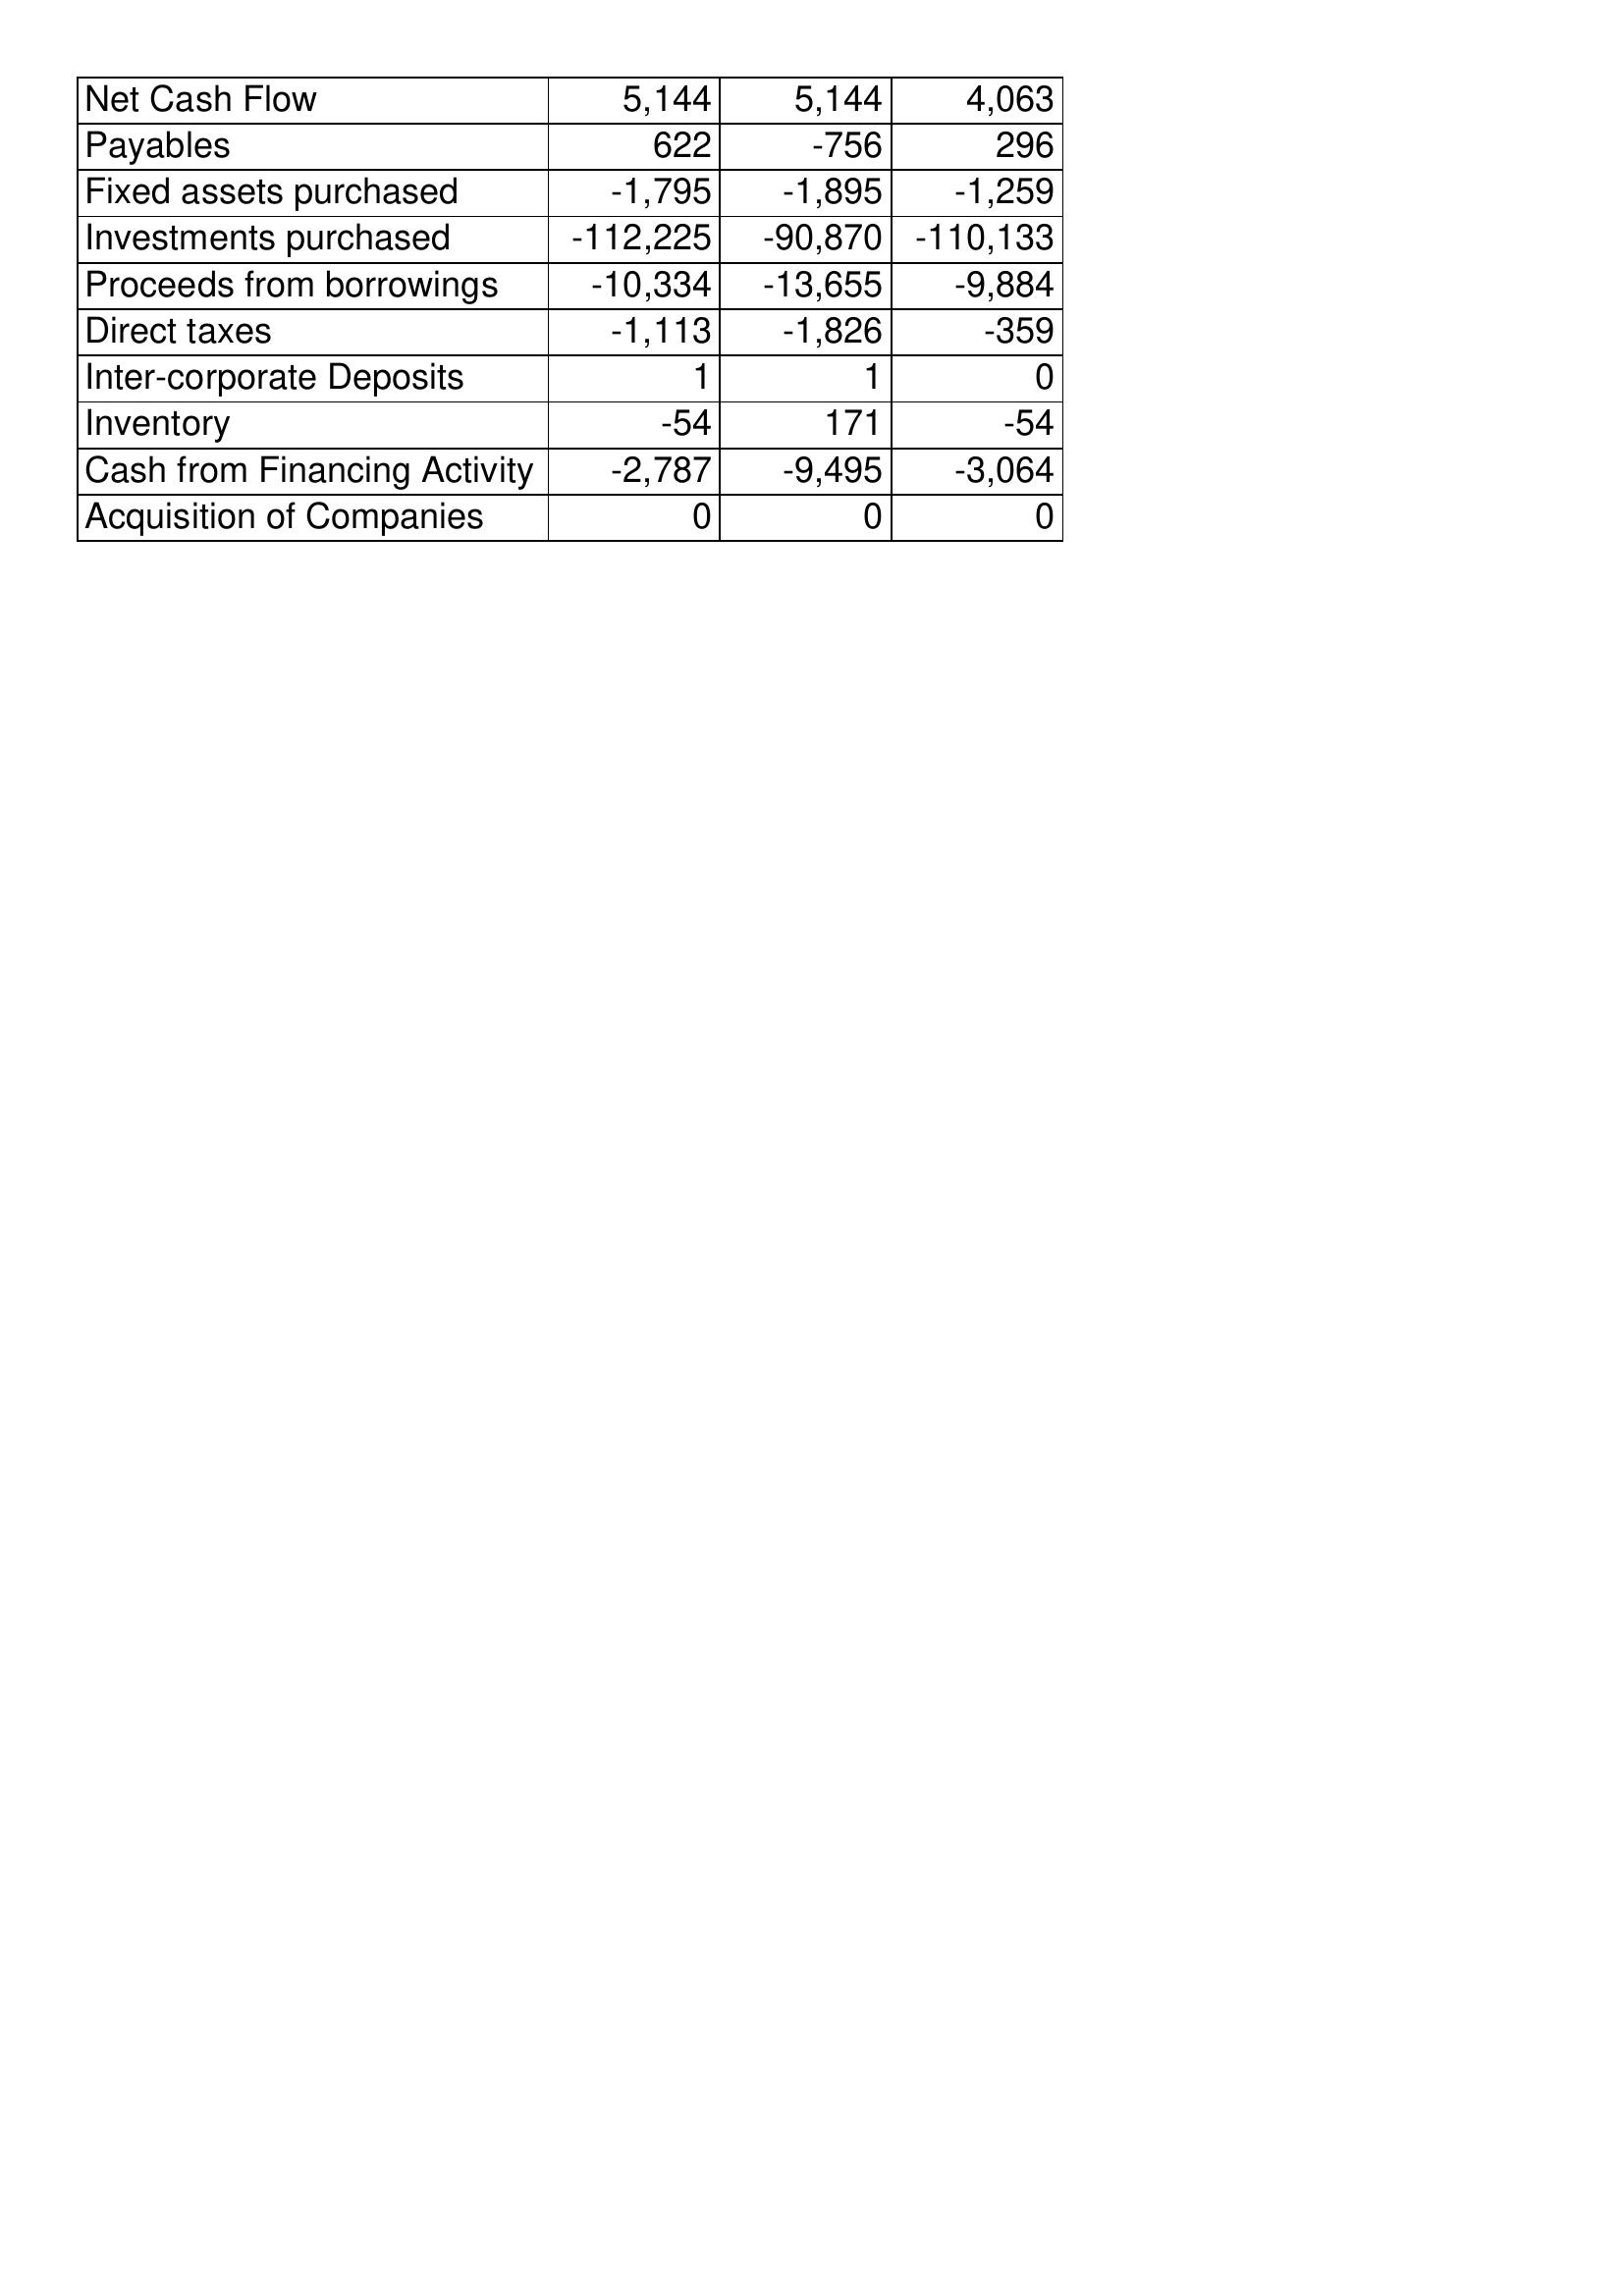
Sep-10: Cash Flows: Net Cash Flow: 5,144
Payables: 622
Fixed assets purchased: -1,795
Investments purchased: -112,225
Proceeds from borrowings: -10,334
Direct taxes: -1,113
Inter-corporate Deposits: 1
Inventory: -54
Cash from Financing Activity: -2,787
Acquisition of Companies: 0
Sep-09: Cash Flows: Net Cash Flow: 5,144
Payables: -756
Fixed assets purchased: -1,895
Investments purchased: -90,870
Proceeds from borrowings: -13,655
Direct taxes: -1,826
Inter-corporate Deposits: 1
Inventory: 171
Cash from Financing Activity: -9,495
Acquisition of Companies: 0
Sep-08: Cash Flows: Net Cash Flow: 4,063
Payables: 296
Fixed assets purchased: -1,259
Investments purchased: -110,133
Proceeds from borrowings: -9,884
Direct taxes: -359
Inter-corporate Deposits: 0
Inventory: -54
Cash from Financing Activity: -3,064
Acquisition of Companies: 0